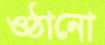
ওঠানো